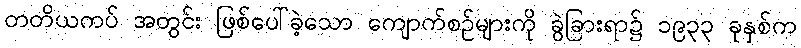
တတိယကပ် အတွင်း ဖြစ်ပေါ်ခဲ့သော ကျောက်စဉ်များကို ခွဲခြားရာ၌ ၁၉၃၃ ခုနှစ်က